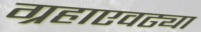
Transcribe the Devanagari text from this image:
ग्रहाएवढ्या